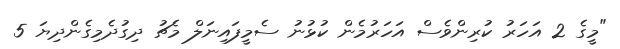
"މީގެ 2 އަހަރު ކުރިންވެސް އަހަރުމެން ކުޅުނު ސެމީފައިނަލް މެޗު ދިގުދެމިގެންދިޔަ 5